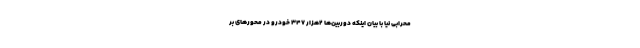
محرابی نیا با بیان اینکه دوربین‌ها ۲هزار ۳۴۷ خودرو در محور‌های بر